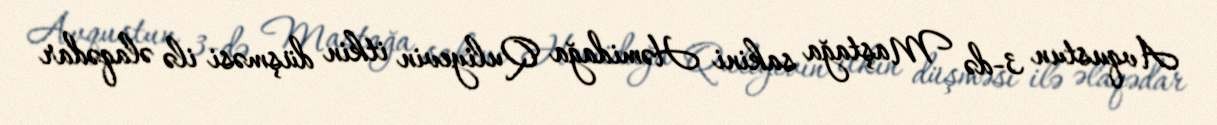
Avqustun 3-də Maştağa sakini Həmidağa Quliyevin itkin düşməsi ilə əlaqədar